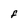
Character: F